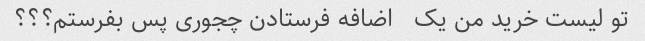
تو لیست خرید من یک   اضافه فرستادن چجوری پس بفرستم؟؟؟